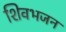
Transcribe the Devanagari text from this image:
शिवभजन